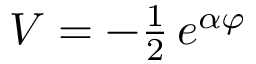
{ \cal V } = - { \textstyle \frac { 1 } { 2 } } \, e ^ { \alpha \varphi }